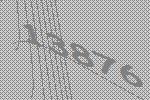
13876